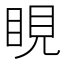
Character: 睍